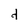
Character: d